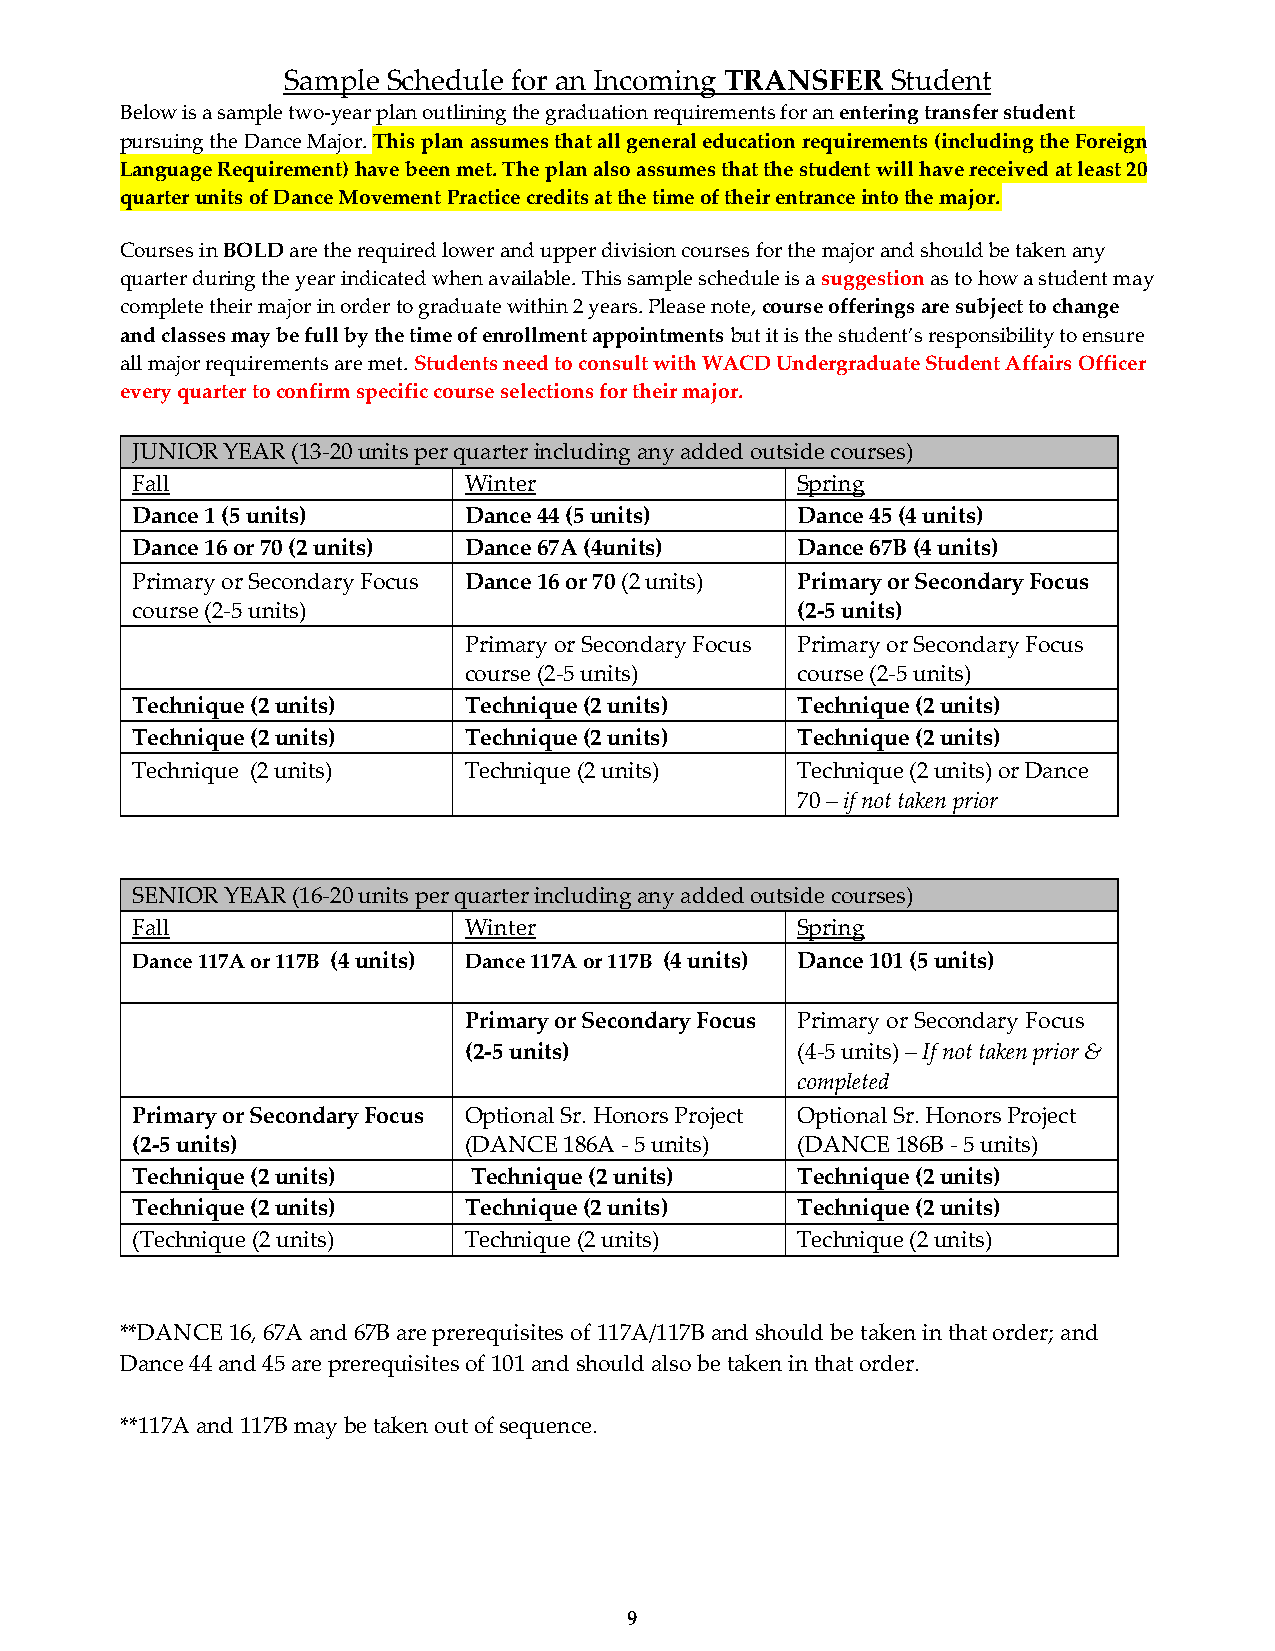
Sample Schedule for an Incoming TRANSFER Student
 Below is a sample two-year plan outlining the graduation requirements for an entering transfer student
 pursuing the Dance Major. This plan assumes that all general education requirements (including the Foreign
 Language Requirement) have been met. The plan also assumes that the student will have received at least 20
 quarter units of Dance Movement Practice credits at the time of their entrance into the major.
 Courses in BOLD are the required lower and upper division courses for the major and should be taken any
 quarter during the year indicated when available. This sample schedule is a suggestion as to how a student may
 complete their major in order to graduate within 2 years. Please note, course offerings are subject to change
 and classes may be full by the time of enrollment appointments but it is the student’s responsibility to ensure
 all major requirements are met. Students need to consult with WACD Undergraduate Student Affairs Officer
 every quarter to confirm specific course selections for their major.
 JUNIOR YEAR (13-20 units per quarter including any added outside courses)
 Fall                  Winter                Spring
 Dance 1 (5 units)     Dance 44 (5 units)    Dance 45 (4 units)
 Dance 16 or 70 (2 units) Dance 67A (4units) Dance 67B (4 units)
 Primary or Secondary Focus Dance 16 or 70 (2 units) Primary or Secondary Focus
 course (2-5 units)                          (2-5 units)
 Primary or Secondary Focus Primary or Secondary Focus
 course (2-5 units)    course (2-5 units)
 Technique (2 units)   Technique (2 units)   Technique (2 units)
 Technique (2 units)   Technique (2 units)   Technique (2 units)
 Technique (2 units)   Technique (2 units)   Technique (2 units) or Dance
 70 – if not taken prior
 SENIOR YEAR (16-20 units per quarter including any added outside courses)
 Fall                  Winter                Spring
 Dance 117A or 117B (4 units) Dance 117A or 117B (4 units) Dance 101 (5 units)
 Primary or Secondary Focus Primary or Secondary Focus
 (2-5 units)           (4-5 units) – If not taken prior &
 completed
 Primary or Secondary Focus Optional Sr. Honors Project Optional Sr. Honors Project
 (2-5 units)           (DANCE 186A - 5 units) (DANCE 186B - 5 units)
 Technique (2 units)   Technique (2 units)   Technique (2 units)
 Technique (2 units)   Technique (2 units)   Technique (2 units)
 (Technique (2 units)  Technique (2 units)   Technique (2 units)
 **DANCE 16, 67A and 67B are prerequisites of 117A/117B and should be taken in that order; and
 Dance 44 and 45 are prerequisites of 101 and should also be taken in that order.
 **117A and 117B may be taken out of sequence.
 9